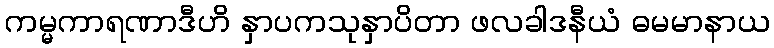
ကမ္မကာရဏာဒီဟိ နှာပကသုနှာပိတာ ဖလခါဒနီယံ ဓမမာနာယ